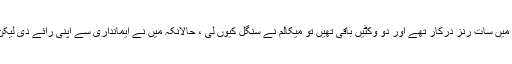
میں نے ایک میٹنگ میں کہا کہ جب آخری اوور میں سات رنز درکار تھے اور دو وکٹیں باقی تھیں تو میکالم نے سنگل کیوں لی ، حالانکہ میں نے ایمانداری سے اپنی رائے دی لیکن اس کے بعد مجھے ہوٹل تک محدود کر دیا گیا۔